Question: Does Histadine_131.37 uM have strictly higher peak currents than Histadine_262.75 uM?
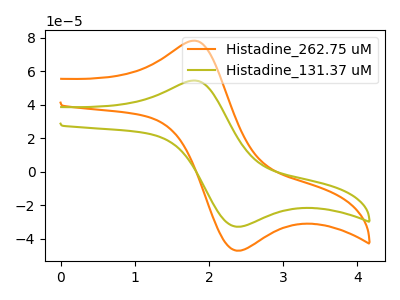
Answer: <think>The orange curve "Histadine_262.75 uM" has an anodic peak at (1.80V, 78.30uA) and a cathodic peak at (2.40V, -47.05uA). The olive curve "Histadine_131.37 uM" has an anodic peak at (1.80V, 54.50uA) and a cathodic peak at (2.40V, -32.75uA).</think>
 <answer>Every peak in "Histadine_131.37 uM" is lower than every peak in "Histadine_262.75 uM".</answer>
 <eval>lower</eval>